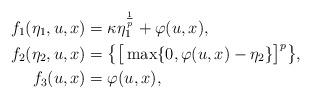
LaTeX: \begin{align*}{f}_1(\eta_1,u,x) &= \kappa\eta_1^{\frac{1}{p}} + \varphi(u,x),\\{f}_2(\eta_2,u,x) &= \big\{ \big[\max\{0,\varphi(u,x)- \eta_2\}\big]^p \big\},\\{f}_3(u,x) &= \varphi(u,x),\end{align*}